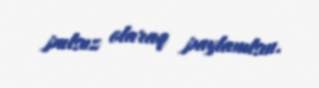
pulsuz olaraq paylanılsın.